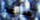
مساعدا